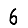
Digit: 6